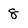
Character: 8